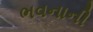
ભવનાની